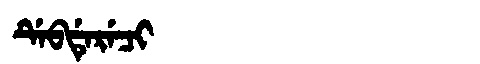
Manchu: ᡩᡝᠪᡩᡝᡵᡝᠴᡳ
Romanization: DEBDERECI